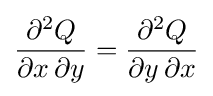
{\frac {\partial ^{2}Q}{\partial x\,\partial y}}={\frac {\partial ^{2}Q}{\partial y\,\partial x}}